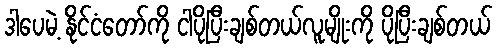
ဒါပေမဲ့ နိုင်ငံတော်ကို ငါပိုပြီးချစ်တယ်လူမျိုးကို ပိုပြီးချစ်တယ်